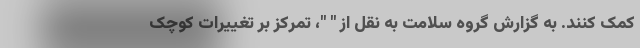
کمک کنند. به گزارش گروه سلامت به نقل از " "، تمرکز بر تغییرات کوچک